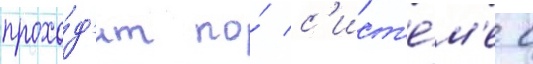
прохо́д'ит по́ с'ист'е́м'е с